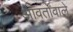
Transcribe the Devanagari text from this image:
आवर्तोंवाले